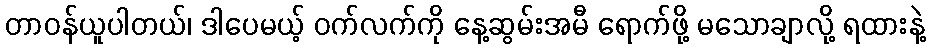
တာဝန်ယူပါတယ်၊ ဒါပေမယ့် ဝက်လက်ကို နေ့ဆွမ်းအမီ ရောက်ဖို့ မသောချာလို့ ရထားနဲ့